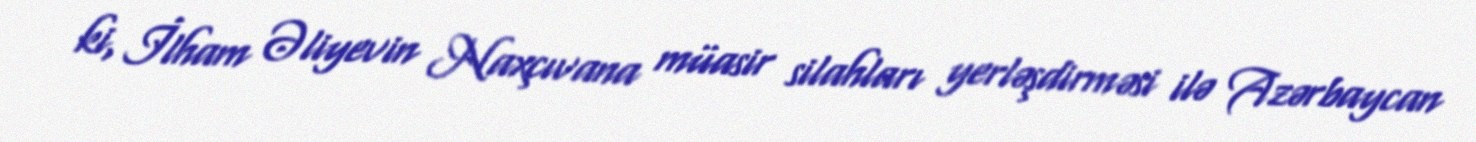
ki, İlham Əliyevin Naxçıvana müasir silahları yerləşdirməsi ilə Azərbaycan